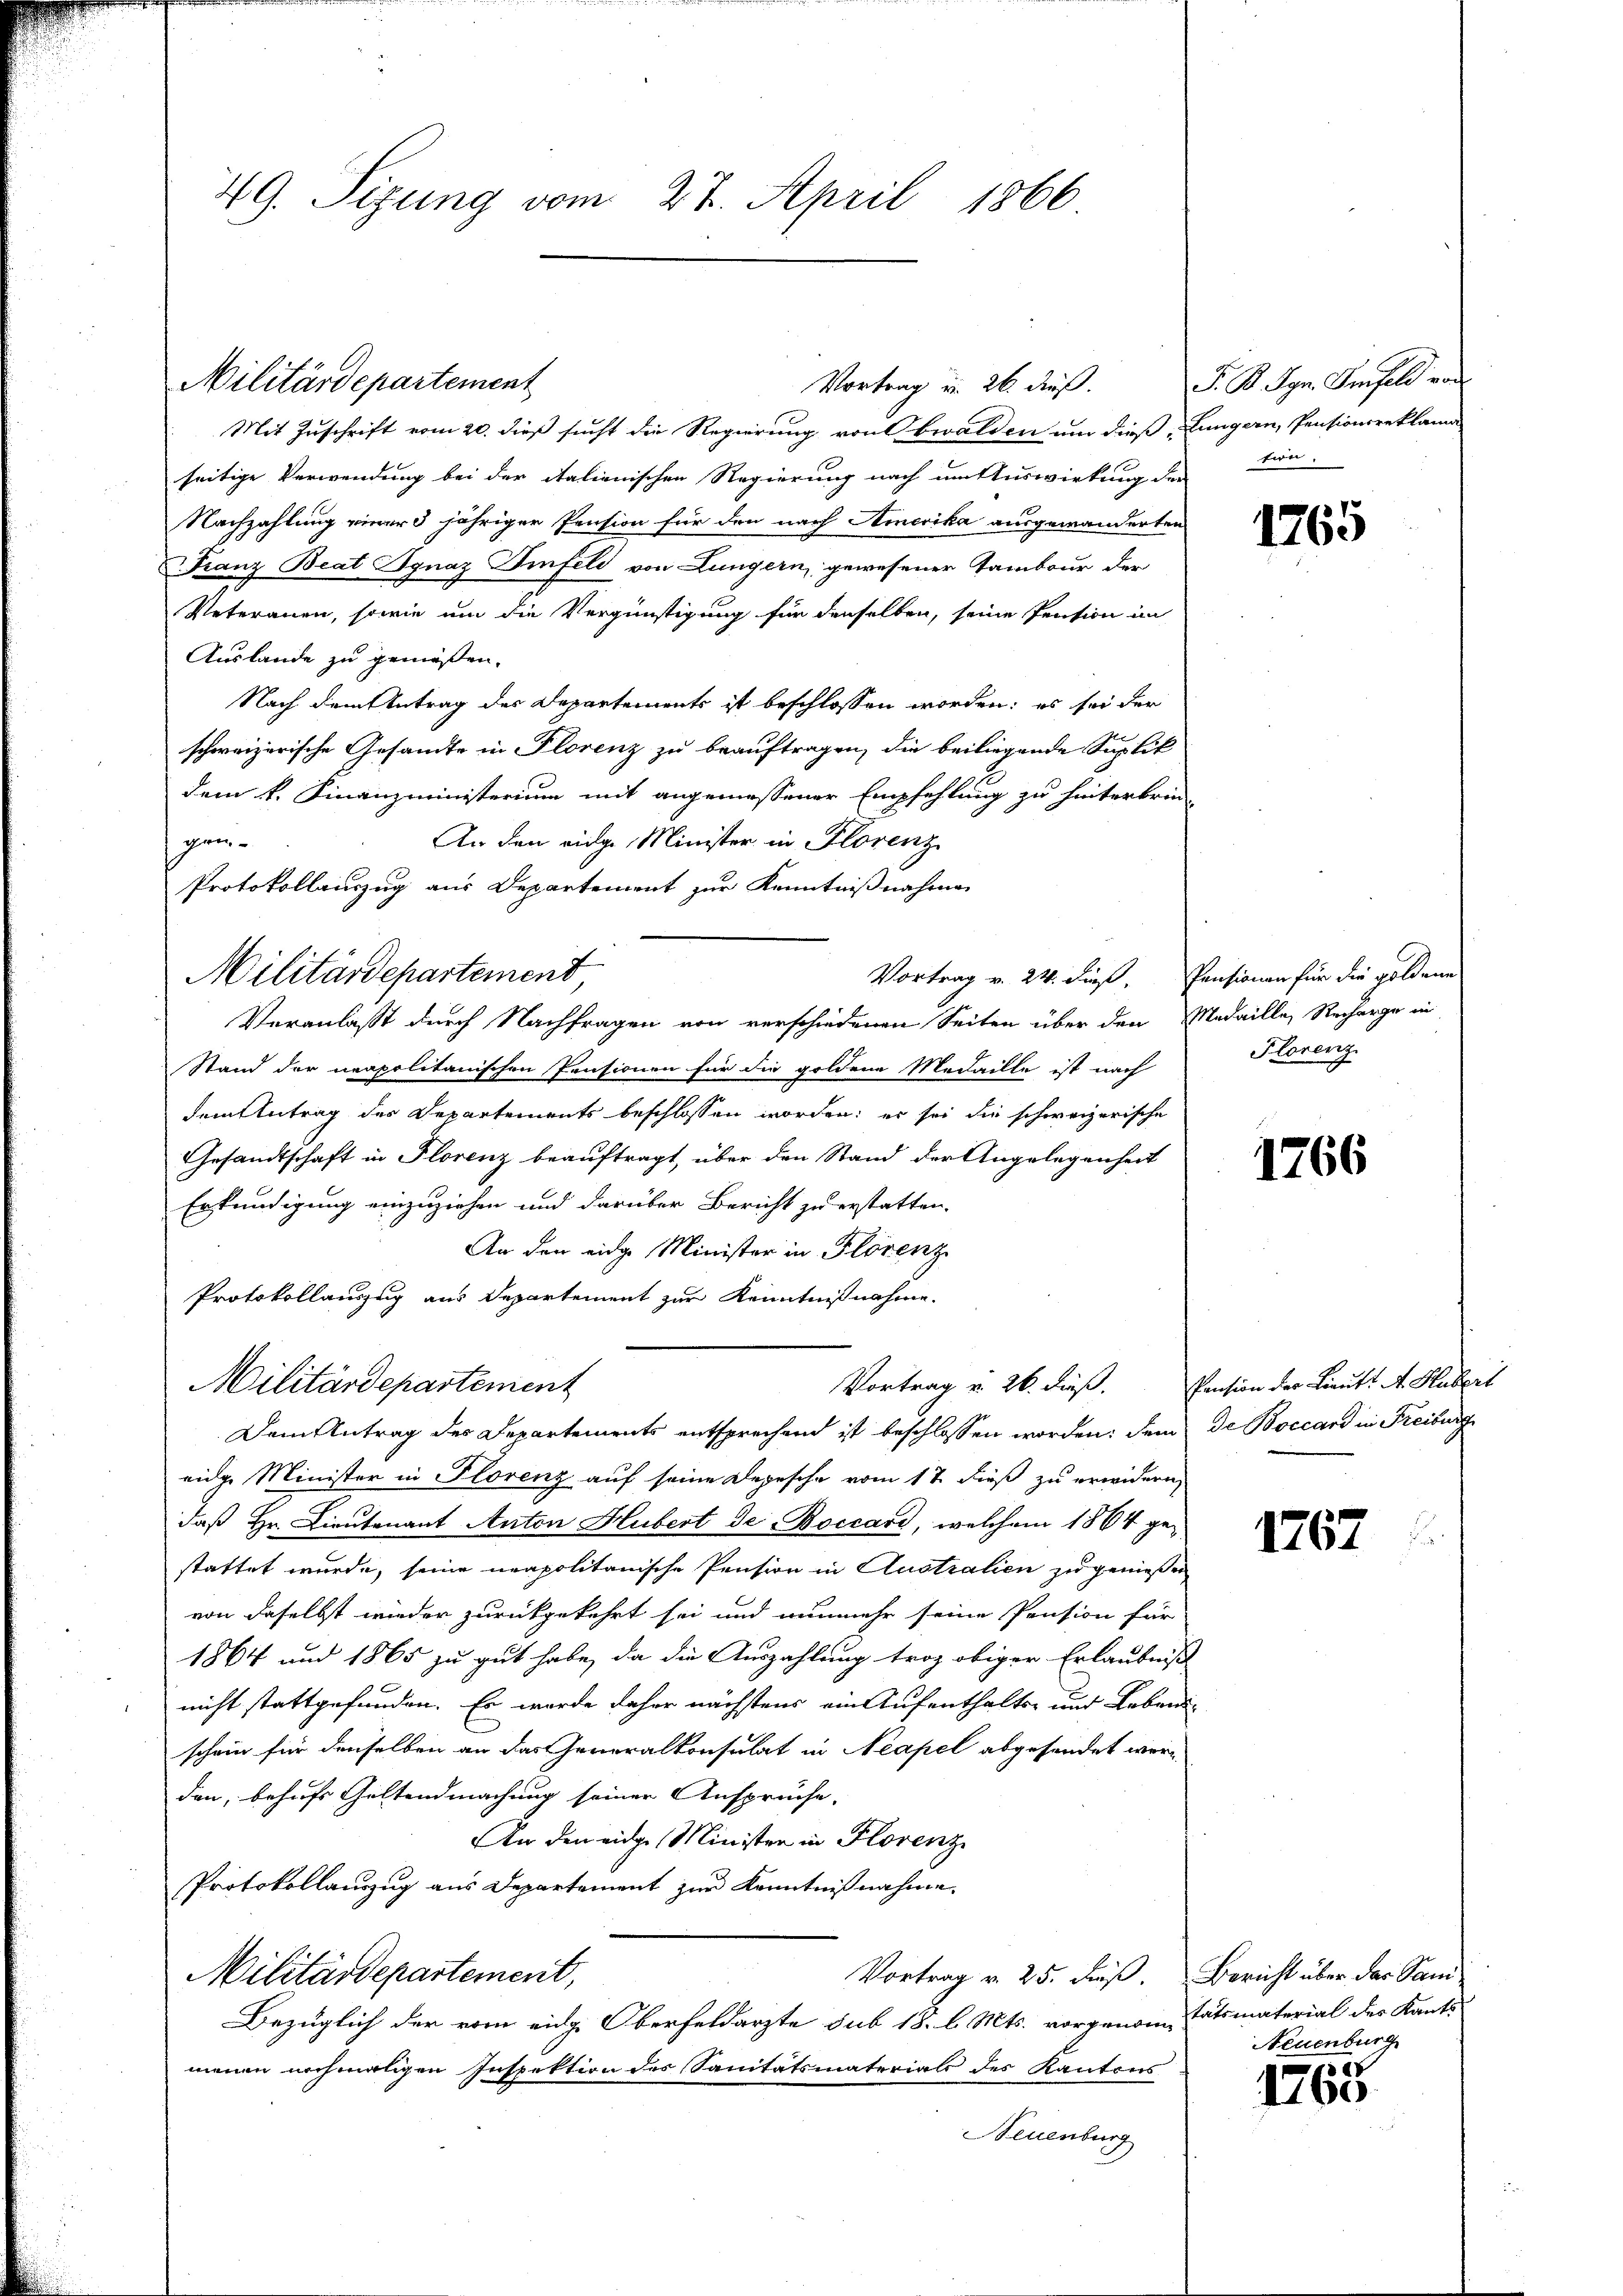
49. Sizung vom 27. April 1866

Vortrag u. 26. dieß.
Mit Zuschrift vom 20. dieß sucht die Regierung von Obwalden um dieß, Lungern, Pensionsreklama
seitige Verwendung bei der italienischen Regierung nach um Auswirkung der Ein¬
Nachzahlung einer 5 jähriger Pension für den nach Amerika ausgewanderten
Franz Beat Ignaz Tinfeld von Lungern, gewesener Tambour der
Veterauen, sowie um die Vergünstigung für denselben, seine Pension im
Auslande zu gemäßen.
Nach dem Antrag des Departements ist beschlossen worden; es sei der
schweizerische Gesandte in Florenz zu beauftragen, die beiliegende Suplik
dem k. Finanzministerium mit angemessener Empfehlung zu hinterbrin-
An den eidge Minister in Florenz
gem¬
Protokollauszug aus Departement zur Kenntnißnahme
Veranlasst durch Nachfragen von verschiedenen Seiten über den Medaille, Recharge in
Stand der neapolitanischen Pensionen für die goldene Medaille ist nach
dem Antrag des Departements beschlossen worden; er sei die schweizerische
Gesandtschaft in Florenz beauftragt, über den Stand der Angelegenheit
Erkundigung einzuziehen und darüber Bericht zu erstatten.
An den eidge Minister in Florenz
Protokollauszug aus Departement zur Kenntnißnahme.
Vortrag v. 26. dieß. Pension der Lieutt A. Hubert
Militärdepartement
Dem Antrag des Departements entsprechend ist beschlossen worden, dem de Boccard in Freiburg
eidge Minister in Florenz auf seine Depesche vom 17. dieß zu erwidern,
daß Hr. Lieutenant Anton Hubert de Boccart, welchem 1864 gestattet wurde, seine neapolitanische Pension in Australien zu genießen
von daselbst wieder zurückgekehrt sei und nunmehr seine Pension für
1864 und 1865 zu gut habe, da die Auszahlung troz obiger Erlaubniß
nicht stattgefunden. Es wurde daher nächstens ein Aufenthalts- und Lebens-
schein für denselben an das Generalkonsulat in Neapel abgesendet worden, behufs Geltendmachung seiner Anspruche,
An den eidge Minister in Florenz
Protokollauszug aus Departement zur Kenntnißnahme.
Vortrag v. 25. Fuß. Bericht über der Sam¬
Militärdepartement,
Bezüglich der vom eidg. Oberfeldarzte sub 18. l. Mts. vorgenome tatsmaterial des Kants
menen nochmaligen Inspektion des Sanitätsmaterials des Kantons
Neuenburg

Militärdepartement

Militärdepartement,

S. K. Syn. Im feld von

1765

Vortrag v. 24. dieß. Pensionen für die goldene
Florenz

1766

1767

Neuenburg

1888
1760